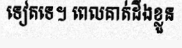
ទៀតទេ។ ពេលគាត់ដឹងខ្លួន